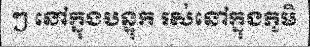
ៗ នៅក្នុងបន្ទុក រស់នៅក្នុងភូមិ